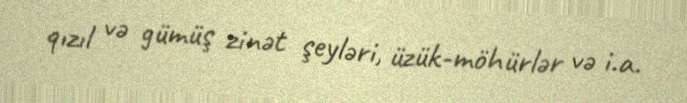
qızıl və gümüş zinət şeyləri, üzük-möhürlər və i.a.